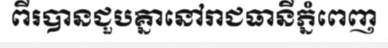
ពីរបានជួបគ្នានៅរាជធានីភ្នំពេញ